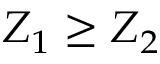
Z _ { 1 } \geq Z _ { 2 }